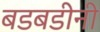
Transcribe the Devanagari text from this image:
बडबडीनी